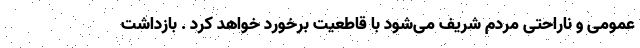
عمومی و ناراحتی مردم شریف می‌شود با قاطعیت برخورد خواهد کرد . بازداشت